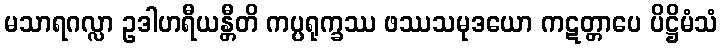
မသာရဂလ္လာ ဥဒါဟရီယန္တီတိ ကပ္ပရုက္ခဿ ဖဿသမုဒယော ကဋတ္တာပေ ပိဋ္ဌိမံသံ